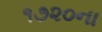
૧૭૨૦ના